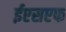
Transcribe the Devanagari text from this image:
ईएसएफ